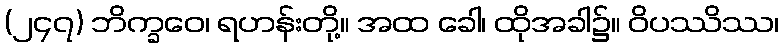
(၂၄၇) ဘိက္ခဝေ၊ ရဟန်းတို့။ အထ ခေါ၊ ထိုအခါ၌။ ဝိပဿိဿ၊